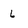
Character: L